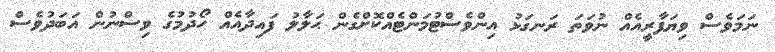
ނަމަވެސް ވިޔަފާރީއެއް ނުވަތަ ރަނގަޅު އިންވެސްޓުމަންޓެއްކޮށްގެން ޙަލާލު ފައިދާއެއް ހޯދުމުގެ ވިސްނުން އަބަދުވެސް